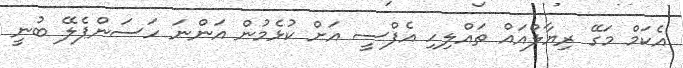
އެކަމް މަގޭ ރިޔާލްއައް ތައްލިހި އެފްސީ އަށް ކުޅެމުން އަންނަ ހަސަންޕެލޭ ބުނީ